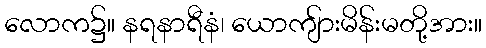
လောက၌။ နရနာရီနံ၊ ယောကျ်ားမိန်းမတို့အား။